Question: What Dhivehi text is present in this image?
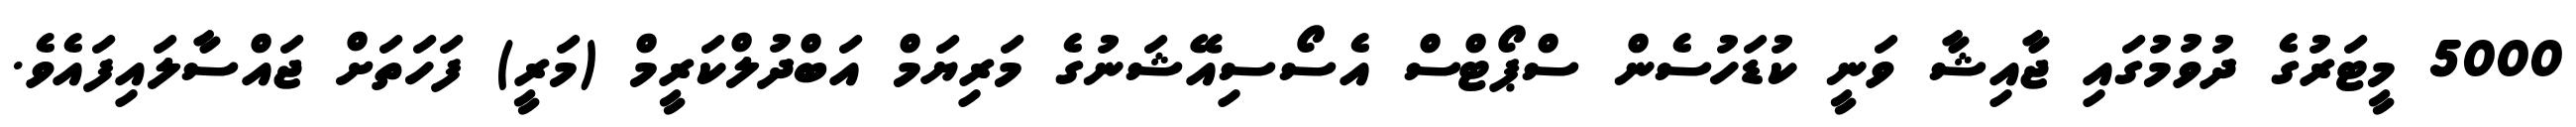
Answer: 5000 މީޓަރުގެ ދުވުމުގައި ޖާއިޝާ ވަނީ ކުޑަހުސެން ސްޕޯޓްސް އެސޯސިއޭޝަނުގެ މަރިޔަމް އަބްދުލްކަރީމް (މަރީ) ފަހަތަށް ޖައްސާލައިފައެވެ.